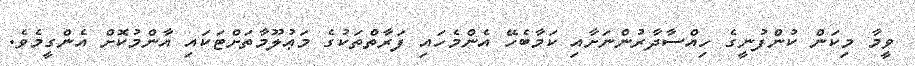
ވީމާ މިކަން ކުންފުނީގެ ހިއްސާދާރުންނަށާއި ކަމާބެހޭ އެންމެހައި ފަރާތްތަކުގެ މަޢުލޫމާތަށްޓަކައި އާންމުކޮށް އެންގީމެވެ.